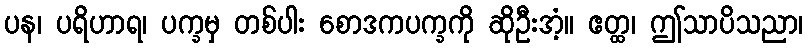
ပန၊ ပရိဟာရ၊ ပက္ခမှ တစ်ပါး စောဒကပက္ခကို ဆိုဦးအံ့။ ဧတ္ထ၊ ဤသာပိသညာ၊